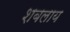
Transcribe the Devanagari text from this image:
शबलाय